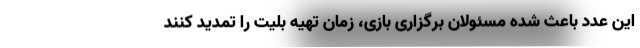
این عدد باعث شده مسئولان برگزاری بازی، زمان تهیه بلیت را تمدید کنند